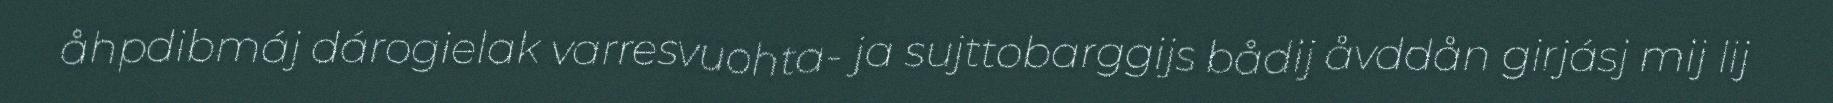
åhpdibmáj dárogielak varresvuohta- ja sujttobarggijs bådij åvddån girjásj mij lij